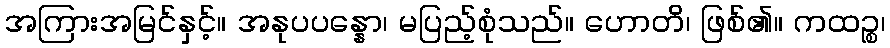
အကြားအမြင်နှင့်။ အနုပပန္နော၊ မပြည့်စုံသည်။ ဟောတိ၊ ဖြစ်၏။ ကထဉ္စ၊